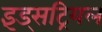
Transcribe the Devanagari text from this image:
इंड्सट्रियल